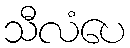
သီလံပေ